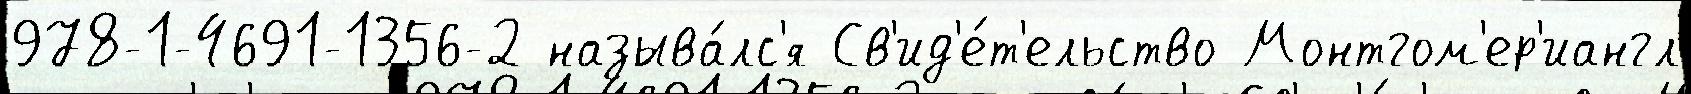
978-1-4691-1356-2 называ́лс'я Св'ид'е́т'ельство Монтгом'ер'иангл